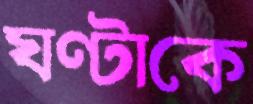
ঘণ্টাকে